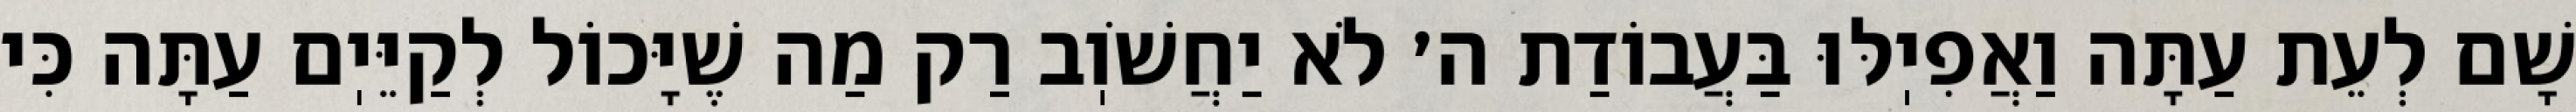
שָׁם לְעֵת עַתָּה וַאֲפִיֽלּוּ בַּעֲבוֹדַת ה׳ לֹא יַחֲשֹׁוֽב רַק מַה שֶׁיָּכוֹל לְקַיֵּיֽם עַתָּה כִּי